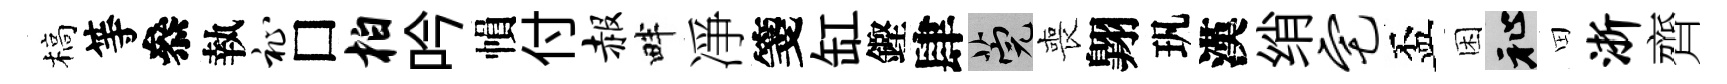
槁等叅執祉□柏吟𢄙付赧畔凈箋缸鏗肆筦喪翺㺬漢绡宅盃困祉田浙齊